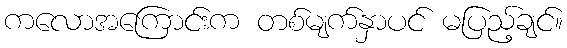
ကလောအကြောင်းက တစ်မျက်နှာပင် မပြည့်ချင်။